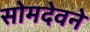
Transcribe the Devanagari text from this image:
सोमदेवने